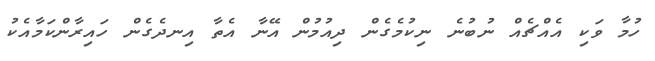
ހުމާ ވަކި އެއްޗެއް ނުބުނެ ނިކުމެގެން ދިއުމުން އޭނާ އެތާ އިނދެގެން ހައިރާންކަމާއެކު